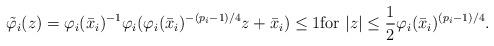
LaTeX: \begin{align*}\tilde \varphi_i(z)=\varphi_i(\bar x_i)^{-1}\varphi_i(\varphi_i(\bar x_i)^{-(p_i-1)/4}z+\bar x_i)\leq 1\mbox{for }|z| \le \frac12 \varphi_i(\bar x_i)^{(p_i-1)/4}.\end{align*}